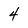
Character: 4